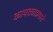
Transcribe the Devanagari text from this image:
कायद्याप्रमाने